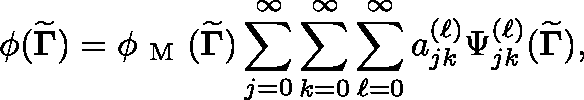
\phi ( { \widetilde { \mathbf { \Gamma } } } ) = \phi _ { \mathrm { ~ M ~ } } ( { \widetilde { \mathbf { \Gamma } } } ) \sum _ { j = 0 } ^ { \infty } \sum _ { k = 0 } ^ { \infty } \sum _ { \ell = 0 } ^ { \infty } a _ { j k } ^ { ( \ell ) } \Psi _ { j k } ^ { ( \ell ) } ( { \widetilde { \mathbf { \Gamma } } } ) ,